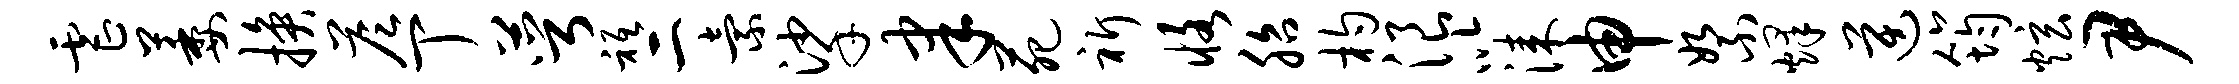
虐萎换答丁萼只二索挲聿苑祈恪胎杓浪以漆申絮烽逆筠炫尹